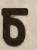
চ